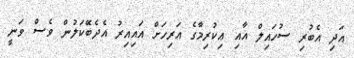
އަދި އެބުރި ސުހައިލް އާއި ޢިކުރިމާގެ އަރިހަށް އައިއިރު އެދެބޭަކަލުން ވެސް ވަނީ